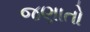
જણાતો